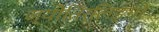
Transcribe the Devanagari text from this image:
ज्योतिर्लिङ्गों